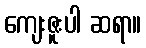
ကျေးဇူးပါ ဆရာ။